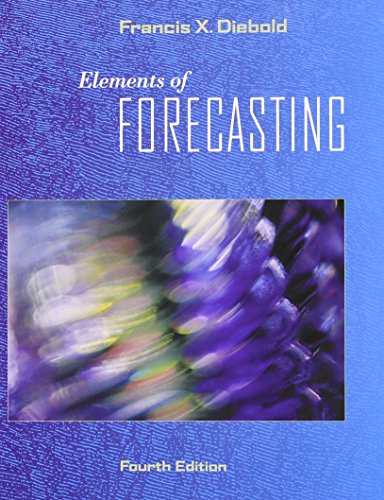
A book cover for Elements of Forecasting (with InfoTrac 1-Semester, Economic Applications Online Product, Data Sets Printed Access Card); Francis X. Diebold; Business & Money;